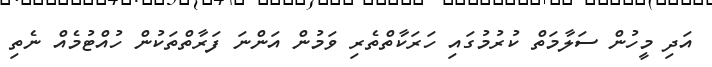
އަދި މީހުން ސަލާމަތް ކުރުމުގައި ހަރަކާތްތެރި ވަމުން އަންނަ ފަރާތްތަކުން ހުއްޓުމެއް ނެތި